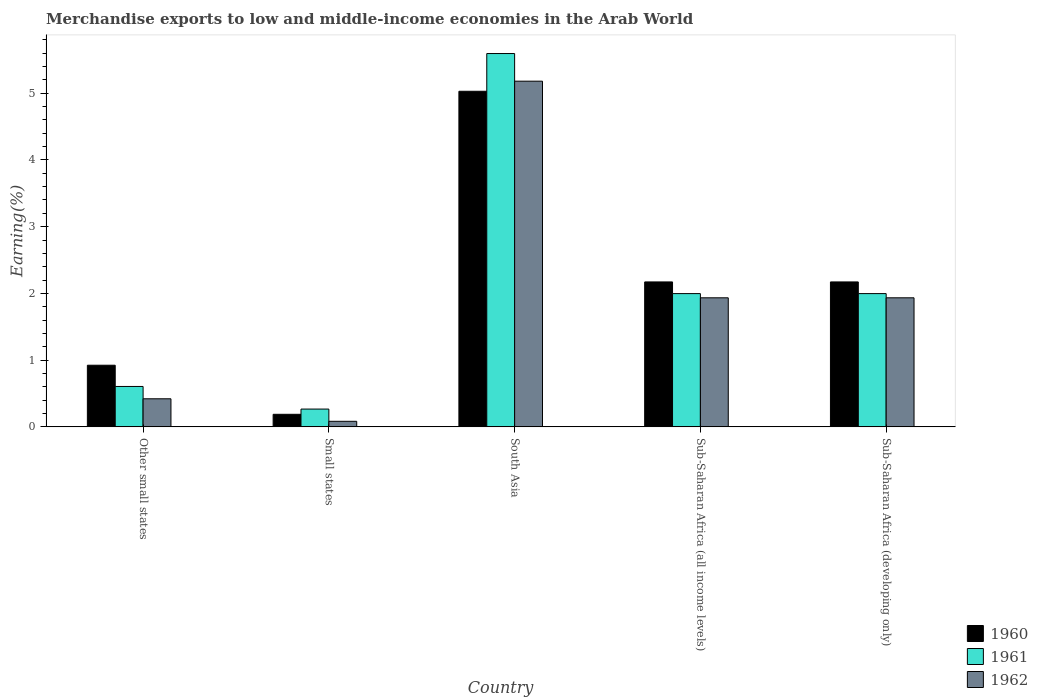
| Country | 1960 | 1961 | 1962 |
 | --- | --- | --- | --- |
 | Other small states | 0.924 | 0.606 | 0.421 |
 | Small states | 0.188 | 0.267 | 0.0833 |
 | South Asia | 5.03 | 5.59 | 5.18 |
 | Sub-Saharan Africa (all income levels) | 2.17 | 2 | 1.93 |
 | Sub-Saharan Africa (developing only) | 2.17 | 2 | 1.93 |